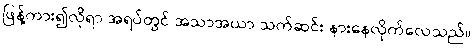
ဖြန့်ကား၍လိုရာ အရပ်တွင် အသာအယာ သက်ဆင်း နားနေလိုက်လေသည်။